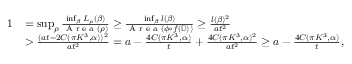
\begin{array} { r l } { 1 } & { = \operatorname* { s u p } _ { \rho } \frac { \operatorname* { i n f } _ { \beta } L _ { \rho } ( \beta ) } { \textup { A r e a } ( \rho ) } \geq \frac { \operatorname* { i n f } _ { \beta } l ( \beta ) } { \textup { A r e a } ( \phi \circ f ( \mathbb { D } ) ) } \geq \frac { l ( \beta ) ^ { 2 } } { a t ^ { 2 } } } \\ & { > \frac { ( a t - 2 C ( \pi K ^ { 3 } , \alpha ) ) ^ { 2 } } { a t ^ { 2 } } = a - \frac { 4 C ( \pi K ^ { 3 } , \alpha ) } { t } + \frac { 4 C ( \pi K ^ { 3 } , \alpha ) ^ { 2 } } { a t ^ { 2 } } \geq a - \frac { 4 C ( \pi K ^ { 3 } , \alpha ) } { t } , } \end{array}